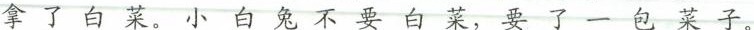
拿了白菜。小白兔不要白菜，要了一包菜子。